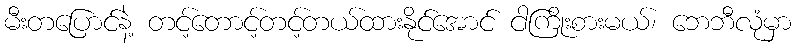
မီးတပြောင်နဲ့ တင့်တောင့်တင့်တယ်ထားနိုင်အောင် ငါကြိုးစားမယ်၊ ဘေဘီလုံမှာ